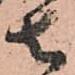
去